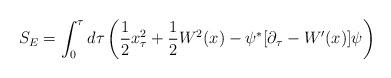
LaTeX: \begin{align*}S_E = \int_0 ^{\tau} d\tau \left({1 \over 2} x_{\tau} ^2+{1 \over 2} W^2(x)- \psi^{\ast}[\partial_{\tau} -W^{\prime}(x)]\psi \right)\end{align*}